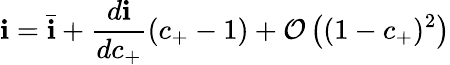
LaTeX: \mathbf{i}=\bar{{\mathbf{i}}}+\frac{{d\mathbf{i}}}{{dc_{+}}}(c_{+}-1)+\mathcal{{O}}\left((1-c_{+})^{2}\right)